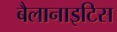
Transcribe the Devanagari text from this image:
बैलानाइटिस